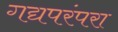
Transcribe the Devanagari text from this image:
गद्यपरंपरा